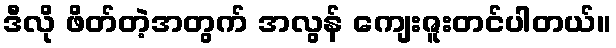
ဒီလို ဖိတ်တဲ့အတွက် အလွန် ကျေးဇူးတင်ပါတယ်။